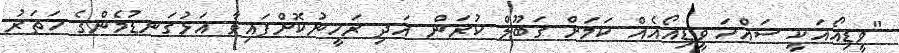
"ވީޑިއޯއަކީ ސައްހަ ވީޑިއޯއެއް ކަމަށް ގަބޫލް ކުރަން އަދި ރަހީނުކޮށްފައިވާ އަޅުގަނޑުމެންގެ ހަތަރު